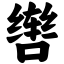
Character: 辔